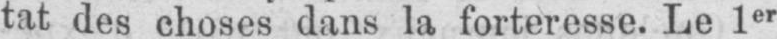
tat des choses dans la forteresse. Le 1er